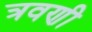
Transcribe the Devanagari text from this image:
त्रवणी